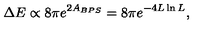
\Delta E \propto 8 \pi e ^ { 2 A _ { B P S } } = 8 \pi e ^ { - 4 L \ln L } ,